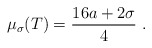
\begin{align*}\mu_{\sigma}(T) = \frac{16a + 2 \sigma}{4} \ .\end{align*}